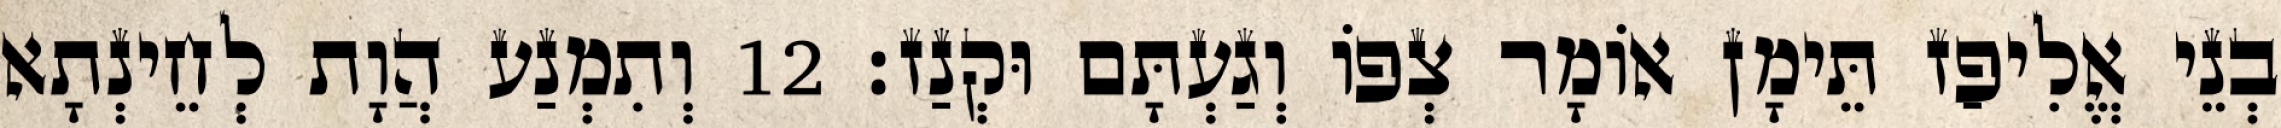
בְנֵי אֱלִיפַז תֵּימָן אוֹמָר צְפוֹ וְגַעְתָּם וּקְנַז׃ 12 וְתִמְנַע הֲוָת לְחֵינְתָא